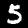
Label: 5